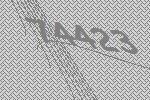
74423